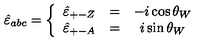
\hat { \varepsilon } _ { a b c } = \left\{ \begin{array} { c c c } { \hat { \varepsilon } _ { + - Z } } & { = } & { - i \cos \theta _ { W } } \\ { \hat { \varepsilon } _ { + - A } } & { = } & { i \sin \theta _ { W } } \\ \end{array} \right.